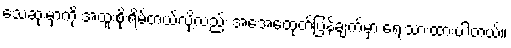
သေဆုံးမှာကို အထူးစိုးရိမ်တယ်လို့လည်း အေအေထုတ်ပြန်ချက်မှာ ရေးသားထားပါတယ်။